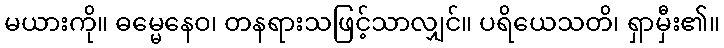
မယားကို။ ဓမ္မေနေဝ၊ တနရားသဖြင့်သာလျှင်။ ပရိယေသတိ၊ ရှာမှီး၏။